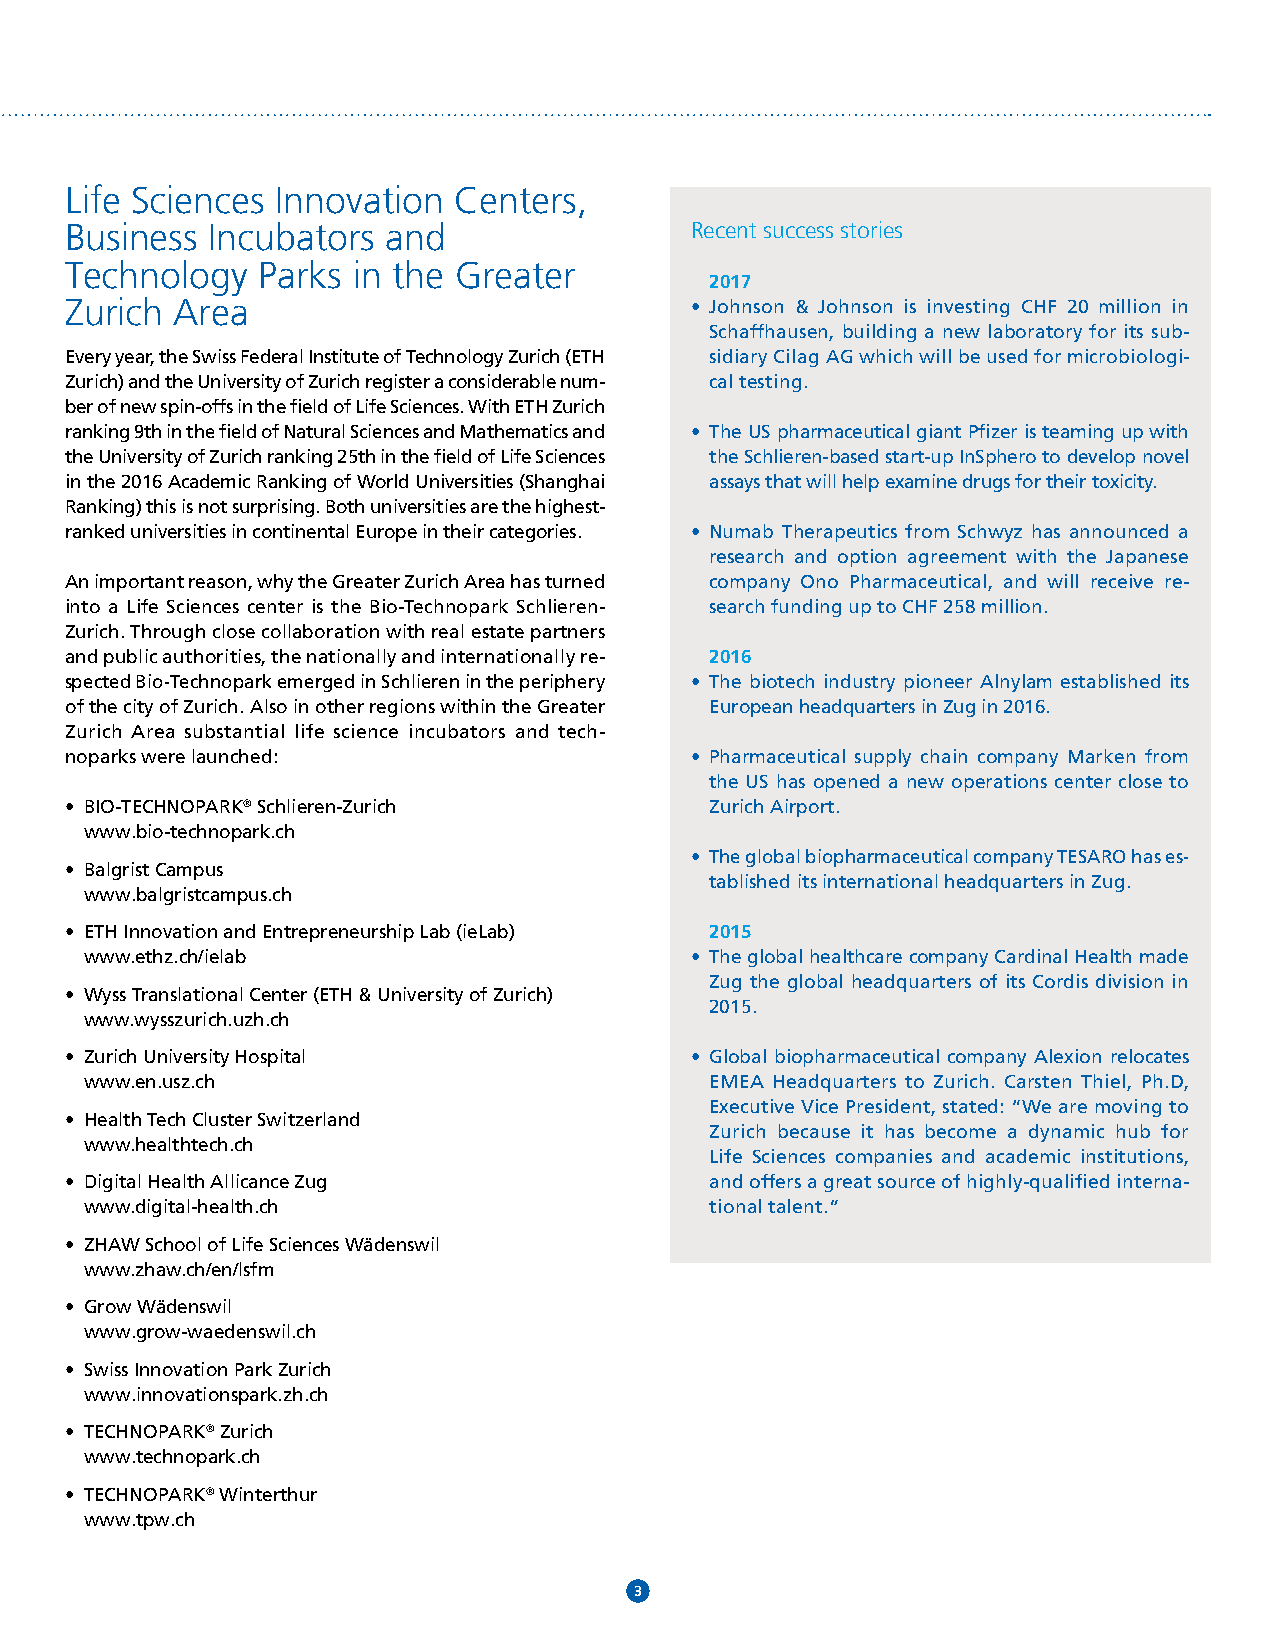
OVERVIEW
 Life Sciences Innovation  Centers,
 Business  Incubators  and                 Recent success stories
 Technology   Parks in the Greater
 2017
 Zurich Area                               • Johnson & Johnson is investing CHF 20 million in
 Schaffhausen, building a new laboratory for its sub-
 Every year, the Swiss Federal Institute of Technology Zurich (ETH sidiary Cilag AG which will be used for microbiologi-
 Zurich) and the University of Zurich register a considerable num- cal testing.
 ber of new spin-offs in the field of Life Sciences. With ETH Zurich
 ranking 9th in the field of Natural Sciences and Mathematics and • The US pharmaceutical giant Pfizer is teaming up with
 the University of Zurich ranking 25th in the field of Life Sciences the Schlieren-based start-up InSphero to develop novel
 in the 2016 Academic Ranking of World Universities (Shanghai assays that will help examine drugs for their toxicity.
 Ranking) this is not surprising. Both universities are the highest-
 ranked universities in continental Europe in their categories. • Numab Therapeutics from Schwyz has announced a
 research and option agreement with the Japanese
 An important reason, why the Greater Zurich Area has turned company Ono Pharmaceutical, and will receive re-
 into a Life Sciences center is the Bio-Technopark Schlieren- search funding up to CHF 258 million.
 Zurich. Through close collaboration with real estate partners
 and public authorities, the nationally and internationally re- 2016
 spected Bio-Technopark emerged in Schlieren in the periphery • The biotech industry pioneer Alnylam established its
 of the city of Zurich. Also in other regions within the Greater European headquarters in Zug in 2016.
 Zurich Area substantial life science incubators and tech-
 noparks were launched:                    • Pharmaceutical supply chain company Marken from
 the US has opened a new operations center close to
 • BIO-TECHNOPARK® Schlieren-Zurich         Zurich Airport.
 www.bio-technopark.ch
 • The global biopharmaceutical company TESARO has es-
 • Balgrist Campus
 tablished its international headquarters in Zug.
 www.balgristcampus.ch
 • ETH Innovation and Entrepreneurship Lab (ieLab) 2015
 www.ethz.ch/ielab                       • The global healthcare company Cardinal Health made
 Zug the global headquarters of its Cordis division in
 • Wyss Translational Center (ETH & University of Zurich)
 2015.
 www.wysszurich.uzh.ch
 • Zurich University Hospital              • Global biopharmaceutical company Alexion relocates
 www.en.usz.ch                            EMEA Headquarters to Zurich. Carsten Thiel, Ph.D,
 Executive Vice President, stated: “We are moving to
 • Health Tech Cluster Switzerland
 Zurich because it has become a dynamic hub for
 www.healthtech.ch
 Life Sciences companies and academic institutions,
 • Digital Health Allicance Zug             and offers a great source of highly-qualified interna-
 www.digital-health.ch                    tional talent.”
 • ZHAW School of Life Sciences Wädenswil
 www.zhaw.ch/en/lsfm
 • Grow Wädenswil
 www.grow-waedenswil.ch
 • Swiss Innovation Park Zurich
 www.innovationspark.zh.ch
 • TECHNOPARK® Zurich
 www.technopark.ch
 • TECHNOPARK® Winterthur
 www.tpw.ch
 33